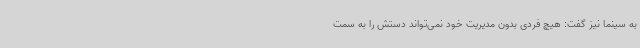
به سینما نیز گفت: هیچ فردی بدون مدیریت خود نمی‌تواند دستش را به سمت